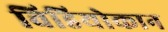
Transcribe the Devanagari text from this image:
विडियोकान